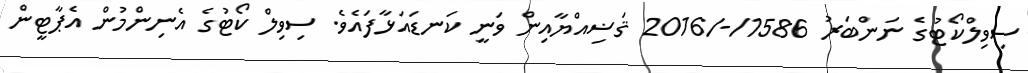
ސިވިލްކޯޓުގެ ނަންބަރު 1586/-/2016 ޤަޟިއްޔާއިން ވަނީ ކަނޑައަޅާފައެވެ. ސިވިލް ކޯޓުގެ އެނިންމުން އެޕާޓީން